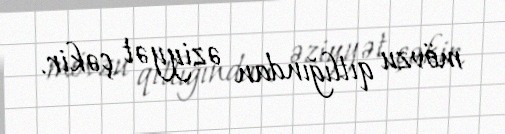
mövzu qıtlığından əziyyət çəkir.